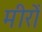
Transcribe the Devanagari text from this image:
मीरों